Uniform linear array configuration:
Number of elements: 24
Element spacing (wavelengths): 0.75
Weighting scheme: blackman
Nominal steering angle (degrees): -60
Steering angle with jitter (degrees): -60.82
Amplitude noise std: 0.05
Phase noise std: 0.05

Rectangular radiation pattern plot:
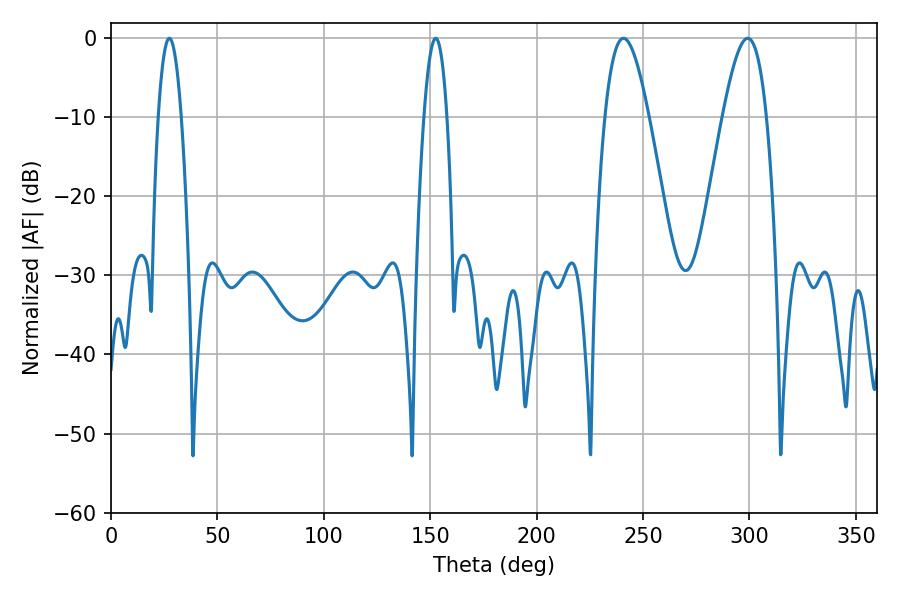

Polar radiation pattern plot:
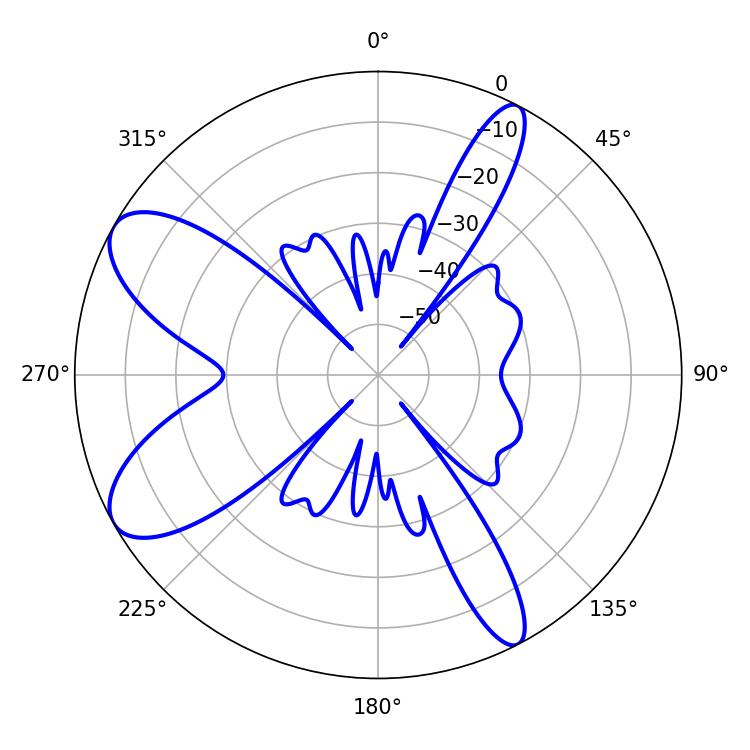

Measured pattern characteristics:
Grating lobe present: TRUE
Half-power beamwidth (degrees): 10.98
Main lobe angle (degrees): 240.84